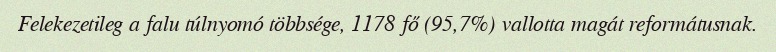
Felekezetileg a falu túlnyomó többsége, 1178 fő (95,7%) vallotta magát reformátusnak.